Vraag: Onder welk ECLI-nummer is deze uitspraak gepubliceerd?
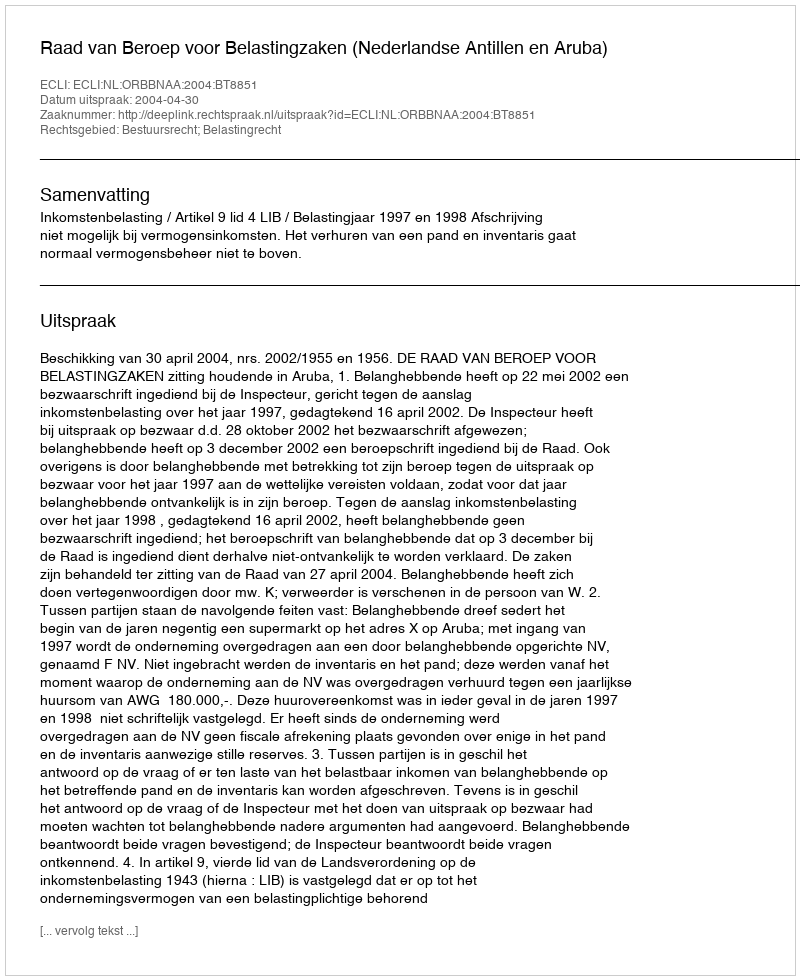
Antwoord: ECLI:NL:ORBBNAA:2004:BT8851